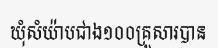
ឃុំសំយ៉ាបជាង១០០គ្រួសារបាន